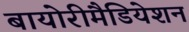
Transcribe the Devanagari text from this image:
बायोरीमैडियेशन